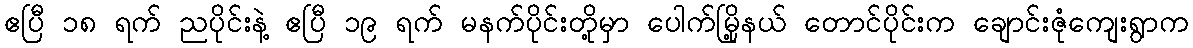
ဧပြီ ၁၈ ရက် ညပိုင်းနဲ့ ဧပြီ ၁၉ ရက် မနက်ပိုင်းတို့မှာ ပေါက်မြို့နယ် တောင်ပိုင်းက ချောင်းဇုံကျေးရွာက